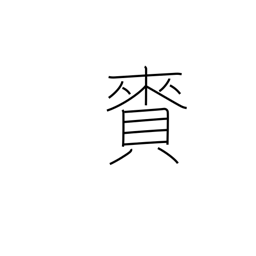
Meaning: gift